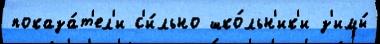
показа́т'ел'и с'и́льно шко́льн'ик'и з'имы́